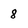
Character: 8